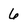
Character: 6